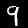
Digit: 9